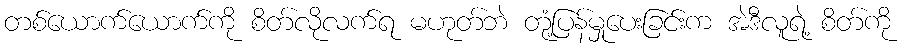
တစ်ယောက်ယောက်ကို စိတ်လိုလက်ရ မဟုတ်ဘဲ တုံ့ပြန်မှုပေးခြင်းက အဲဒီလူရဲ့ စိတ်ကို